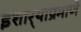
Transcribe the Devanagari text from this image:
इशार्‍याप्रमाणे